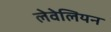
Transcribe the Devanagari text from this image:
लेवेलियन